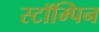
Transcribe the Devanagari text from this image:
स्टॉम्पिन